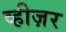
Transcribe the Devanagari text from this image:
व्हीज़र